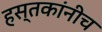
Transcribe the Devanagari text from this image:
हस्तकांनीच